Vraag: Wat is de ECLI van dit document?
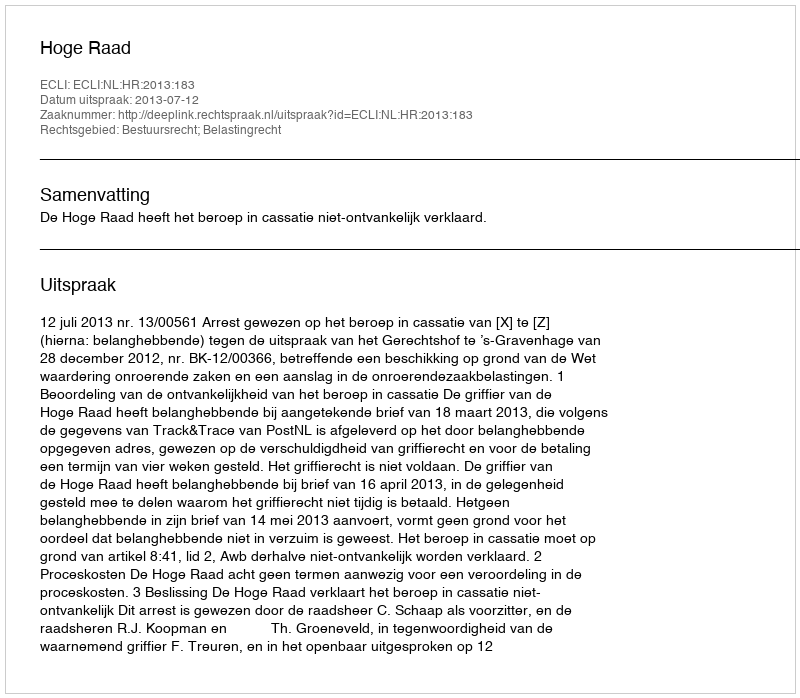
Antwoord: ECLI:NL:HR:2013:183